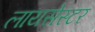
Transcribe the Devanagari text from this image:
लायसेस्टर